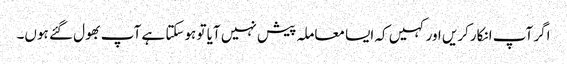
اگر آپ انکارکریں اور کہیں کہ ایسا معاملہ پیش نہیں آیا تو ہوسکتا ہے آپ بھول گئے ہوں۔